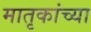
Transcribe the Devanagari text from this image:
मातृकांच्या